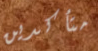
متأكدين